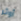
أوثر